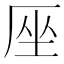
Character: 𠩜